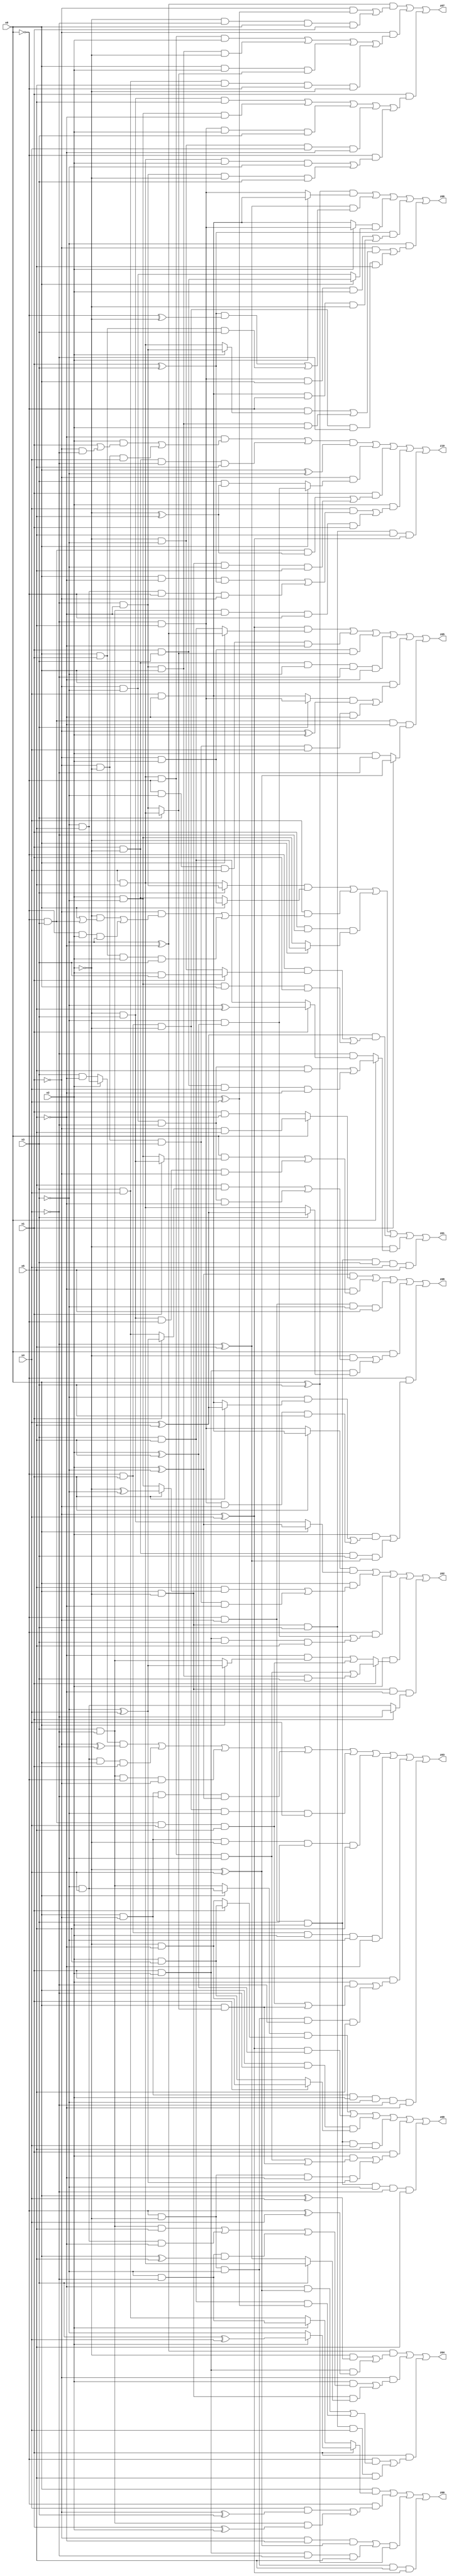
// Benchmark "X_31" written by ABC on Sat Jun 03 19:21:26 2023

module X_31 ( 
    x0, x1, x2, x3, x4, x5,
    z00, z01, z02, z03, z04, z05, z06, z07, z08, z09, z10  );
  input  x0, x1, x2, x3, x4, x5;
  output z00, z01, z02, z03, z04, z05, z06, z07, z08, z09, z10;
  assign z00 = (x0 & (x1 ? (x2 ? (x3 ^ x4) : ~x3) : (x2 ? (~x3 & ~x4) : (x3 & x4)))) | (~x0 & ((x4 & (~x1 ^ x3)) | (x3 & ~x4 & (x1 ^ x2)))) | (((~x1 & ~x5 & (~x2 ^ x4)) | (x1 & x2 & ~x4 & x5)) & (x0 ^ x3)) | (~x0 & ~x2 & ~x3 & x5 & (~x1 ^ x4));
  assign z01 = ((x3 ? (~x4 & ~x5) : (x4 & x5)) & (x0 ? (~x1 & x2) : (x1 & ~x2))) | (x4 & ((~x1 & ((~x2 & (x0 | (~x0 & x3))) | (~x0 & x2 & ~x3))) | (x0 & x1 & x2 & x3))) | (x1 & ~x4 & (x0 ? ~x2 : (x2 & ~x3))) | ((x4 ^ x5) & ((~x0 & (x1 ? (x2 & x3) : (~x2 & ~x3))) | (x2 & ~x3 & x0 & x1))) | (~x2 & (x0 ? ((~x1 & ~x3 & ~x4 & x5) | (x1 & x3 & x4 & ~x5)) : (~x4 & (x1 ? (~x3 ^ x5) : (x3 & x5))))) | (~x0 & ~x1 & x2 & x3 & x4 & x5);
  assign z02 = ((x1 ? (x4 & ~x5) : (~x4 & x5)) & (x0 ? (x2 ^ ~x3) : (~x2 & x3))) | (x0 & ((x5 & (x1 ? (~x2 ^ ~x3) : (x2 & ~x3))) | (~x1 & ~x2 & x3 & ~x5))) | (~x0 & ((~x3 & (x2 ^ x5)) | (x1 & x2 & x3 & x5))) | (x2 & (x1 ? ((x4 & x5 & ~x0 & ~x3) | (~x4 & ~x5 & x0 & x3)) : ((~x5 & (x0 ? (~x3 ^ x4) : (x3 & ~x4))) | (~x0 & x3 & x4 & x5)))) | (x0 & ~x2 & ~x5 & (x1 ? ~x4 : (~x3 & x4)));
  assign z03 = ((x2 ? (~x3 & x5) : (x3 & ~x5)) & (~x1 ^ ~x4)) | (~x3 & x4 & x0 & x1) | (x3 & ~x4 & ~x0 & ~x1) | (x0 & ~x1 & ~x4 & (x2 ^ ~x3)) | (~x0 & x1 & ~x2 & ~x3 & x4) | (x0 & ~x1 & ~x2 & x3 & x5) | (~x0 & x1 & x2 & ~x3 & ~x5) | (x1 & ((x2 & ((~x0 & x3 & x4 & x5) | (x0 & (x3 ? (x4 & x5) : (~x4 & ~x5))))) | (~x0 & ~x2 & ~x3 & ~x4 & x5))) | (x0 & ~x1 & x2 & ~x3 & ~x4 & ~x5);
  assign z04 = ((~x3 ^ ~x5) & ((~x2 & (x0 ^ x4)) | (x1 & x2 & (~x0 ^ x4)))) | (~x1 & ((x2 & ((x3 & ~x4 & x5) | (~x3 & x4 & ~x5) | (~x3 & ~x4 & (x0 ^ x5)))) | (x0 & ~x2 & (x3 ? (x4 & x5) : (~x4 ^ x5))))) | (x1 & ((~x0 & ((~x5 & (~x2 ^ x4)) | (x3 & x5 & (x2 ^ x4)))) | (x0 & ~x2 & x3 & x4 & x5)));
  assign z05 = ((~x1 ^ x4) & (x0 ? (~x3 ^ ~x5) : (x3 & x5))) | (~x0 & ~x3 & x4 & ~x5) | (~x1 & x2 & (x3 ? (x4 & x5) : (~x4 & ~x5))) | (x1 & ~x2 & ~x3 & ~x4 & ~x5) | (x0 & (((x3 ? (~x4 & x5) : (x4 & ~x5)) & (~x1 ^ x2)) | (~x1 & ~x2 & x3 & x4 & ~x5))) | (~x0 & x3 & ~x5 & (x1 ? (~x2 ^ x4) : (x2 & ~x4)));
  assign z06 = ((x0 ^ x3) & (x2 ? (x4 & ~x5) : (~x4 & x5))) | ((~x4 ^ x5) & (((x1 ^ x3) & (~x0 ^ ~x2)) | (x0 & x1 & x3))) | ((x2 ? (~x4 & x5) : (x4 & ~x5)) & (x0 ? (x1 & x3) : (~x1 & ~x3))) | ((x1 ^ x3) & ((~x4 & x5 & x0 & x2) | (x4 & ~x5 & ~x0 & ~x2))) | (~x3 & ((~x1 & ((~x0 & (x2 ? (~x4 & ~x5) : (x4 & x5))) | (~x4 & ~x5 & x0 & x2))) | (~x0 & x1 & ~x2 & ~x4 & x5)));
  assign z07 = ((~x3 ^ ~x5) & ((~x1 & (x2 ^ x4)) | (~x2 & ~x4 & x0 & x1))) | (~x1 & ((x4 & x5 & ~x0 & x2) | (~x4 & ~x5 & x0 & ~x2) | (x0 & x2 & (x3 ? (x4 & x5) : (~x4 & ~x5))) | (x3 & x4 & x5 & ~x0 & ~x2))) | (x1 & ((~x2 & x3 & x5) | (x2 & ~x3 & ~x5) | (~x4 & x5 & x2 & x3) | (~x2 & ~x3 & x4 & ~x5) | (~x0 & ((x4 & x5 & x2 & ~x3) | (~x4 & ~x5 & ~x2 & x3)))));
  assign z08 = ((x2 ^ ~x3) & (x0 ? (~x1 & x5) : (x1 & ~x5))) | (~x5 & ((x0 & (x1 ? (~x2 & x3) : (x2 & ~x3))) | (~x2 & x3 & ~x0 & ~x1))) | (~x0 & ~x1 & ~x3 & x5) | (x0 & ((~x2 & ((x5 & (x1 ? (~x3 ^ x4) : (x3 & x4))) | (~x1 & ~x3 & ~x4 & ~x5))) | (x1 & x2 & (x3 ? (x4 ^ x5) : (x4 & x5))))) | (~x0 & ((x2 & ((~x3 & (x1 ? (x4 ^ x5) : (x4 & ~x5))) | (~x4 & x5 & ~x1 & x3))) | (x1 & ~x2 & x3 & (~x4 ^ x5))));
  assign z09 = ((x0 ? (~x3 & x4) : (x3 & ~x4)) & (x1 ? (x2 & x5) : (~x2 & ~x5))) | ((~x1 ^ x4) & (x2 ^ x5)) | (x0 & ~x4 & (x1 ? (~x2 & ~x5) : (x2 & x5))) | (~x0 & ~x1 & x2 & x4 & x5) | (x1 & ((x2 & ((x4 & x5 & ~x0 & ~x3) | (x0 & (x3 ? (x4 & x5) : (~x4 & ~x5))))) | (~x0 & ~x2 & ~x5 & (~x3 ^ x4)))) | (~x0 & ~x1 & x2 & ~x3 & ~x4 & x5);
  assign z10 = (((~x5 & ((x2 & (x1 | (~x1 & ~x4))) | (~x1 & ~x2 & x4))) | (x1 & ~x2 & ~x4 & x5)) & (x0 ^ ~x3)) | (~x1 & (x0 ? (~x3 & (x2 ^ x5)) : (x3 & (~x2 ^ x5)))) | (x1 & ((~x0 & x3 & (~x2 ^ x5)) | (x0 & ~x2 & ~x3 & x5))) | (x2 & ((x4 & ((x0 & ~x5 & (x1 ^ x3)) | (~x3 & x5 & ~x0 & ~x1))) | (x3 & ~x4 & ~x5 & ~x0 & x1))) | (x0 & ~x2 & x3 & x5 & (~x1 ^ x4));
endmodule